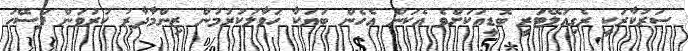
ސަރުކާރަކީ ރެގިއުލޭޓަރީ ބޮޑީއަކަށްވެ އެކަން އެހެން ބަޔަކާ ހަވާލުކުރުމުން ޒިންމާދާރު ކުރުވަން ފަސޭހަ